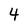
Character: 4